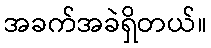
အခက်အခဲရှိတယ်။